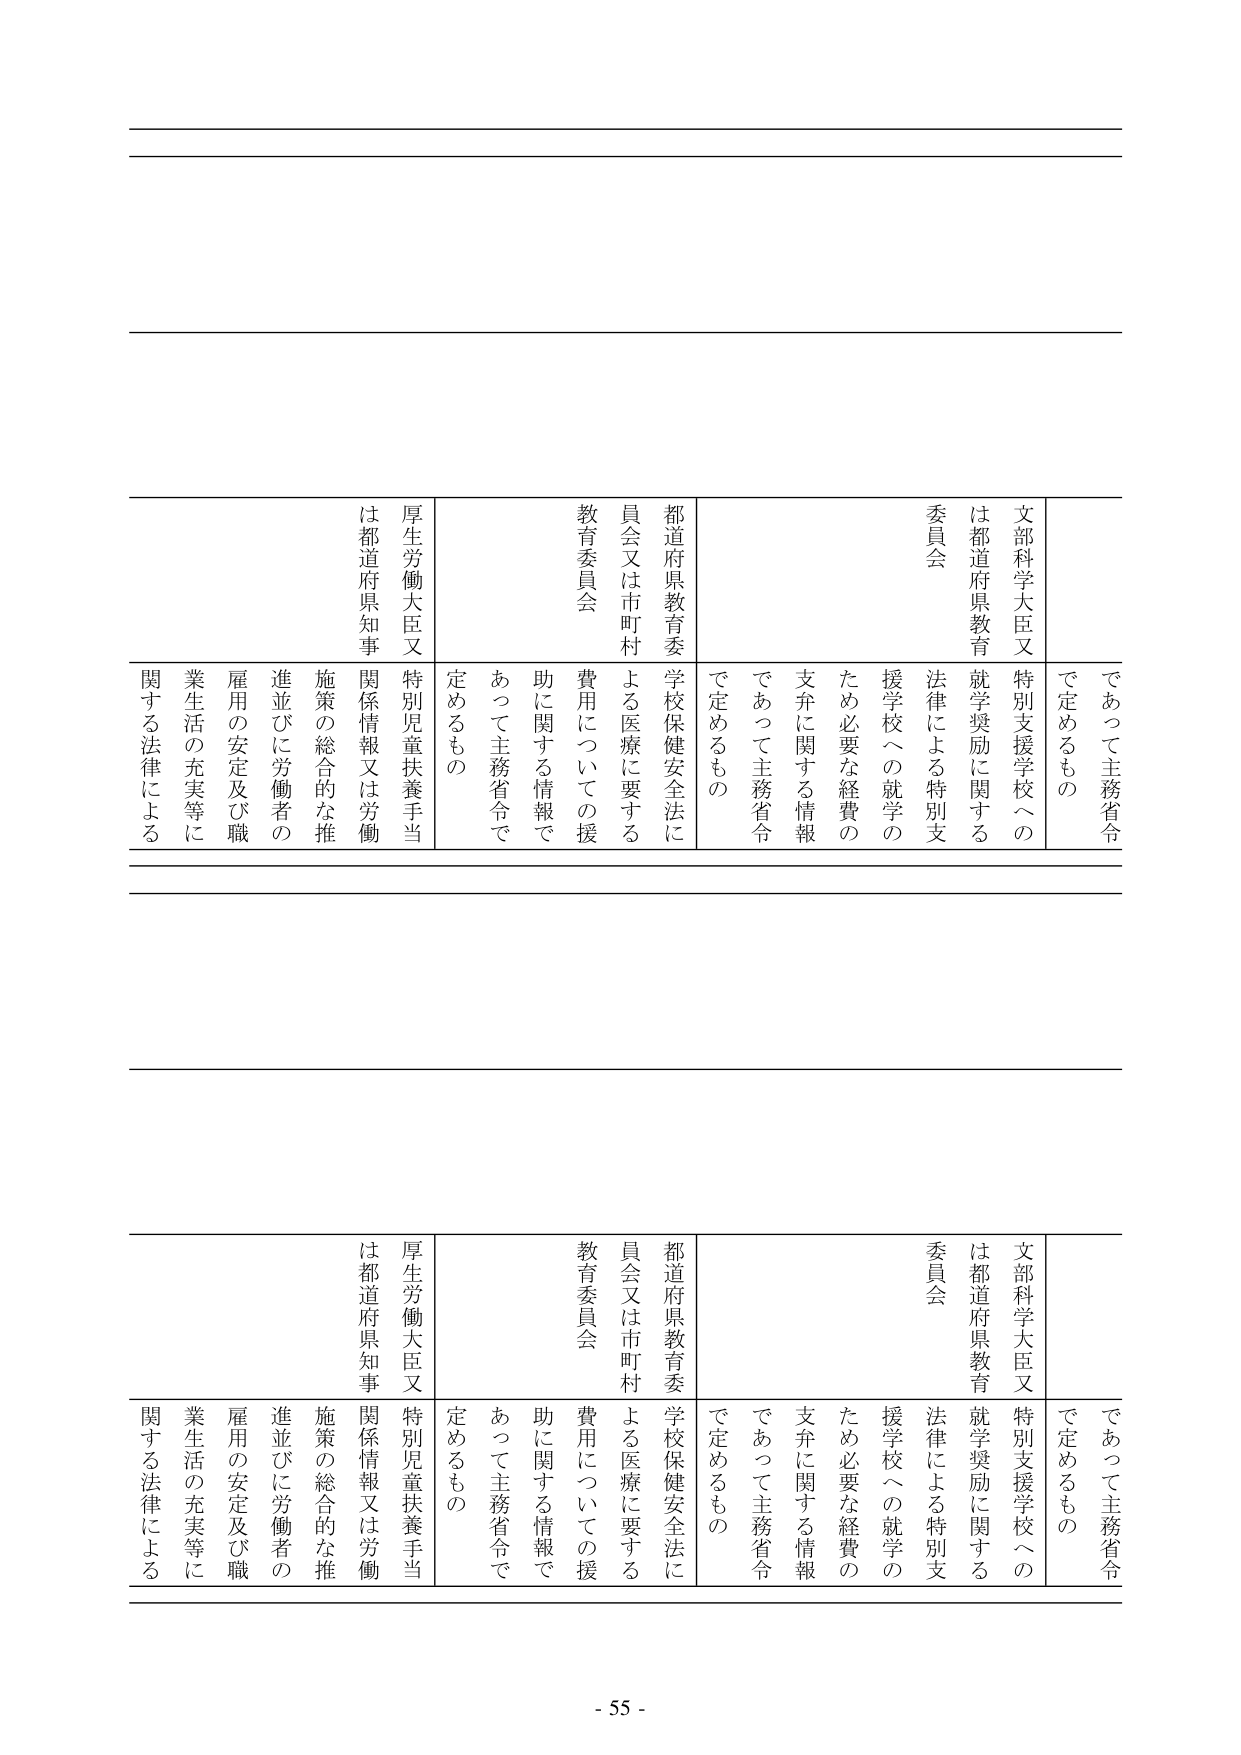
であって主務省令
で定めるもの

文部科学大臣又
は都道府県教育
委員会
特別支援学校への
就学奨励に関する
法律による特別支
援学校への就学の
ため必要な経費の
支弁に関する情報
であって主務省令
で定めるもの

都道府県教育委
員会又は市町村
教育委員会
学校保健安全法に
よる医療に要する
費用についての援
助に関する情報で
あって主務省令で
定めるもの

厚生労働大臣又
は都道府県知事
特別児童扶養手当
関係情報又は労働
施策の総合的な推
進並びに労働者の
雇用の安定及び職
業生活の充実等に
関する法律による

であって主務省令
で定めるもの

文部科学大臣又
は都道府県教育
委員会
特別支援学校への
就学奨励に関する
法律による特別支
援学校への就学の
ため必要な経費の
支弁に関する情報
であって主務省令
で定めるもの

都道府県教育委
員会又は市町村
教育委員会
学校保健安全法に
よる医療に要する
費用についての援
助に関する情報で
あって主務省令で
定めるもの

厚生労働大臣又
は都道府県知事
特別児童扶養手当
関係情報又は労働
施策の総合的な推
進並びに労働者の
雇用の安定及び職
業生活の充実等に
関する法律による

- 55 -